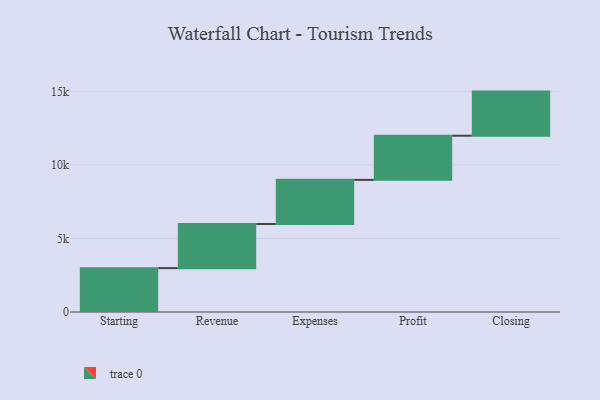
{"axis": {"x": "Step", "y": "Value"}, "legend": [""], "data": [{"x": "Starting", "y": 2982.0, "type": ""}, {"x": "Revenue", "y": 3000, "type": ""}, {"x": "Expenses", "y": 3000, "type": ""}, {"x": "Profit", "y": 3000, "type": ""}, {"x": "Closing", "y": 3000, "type": ""}]}